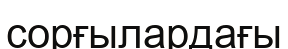
сорғылардағы